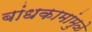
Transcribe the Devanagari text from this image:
बांधकामांमुळे